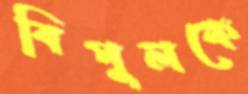
বিপুলকে